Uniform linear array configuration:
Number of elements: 24
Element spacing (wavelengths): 0.5
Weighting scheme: cosine
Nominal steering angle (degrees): -60
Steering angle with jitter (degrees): -60.734
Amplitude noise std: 0.05
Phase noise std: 0.05

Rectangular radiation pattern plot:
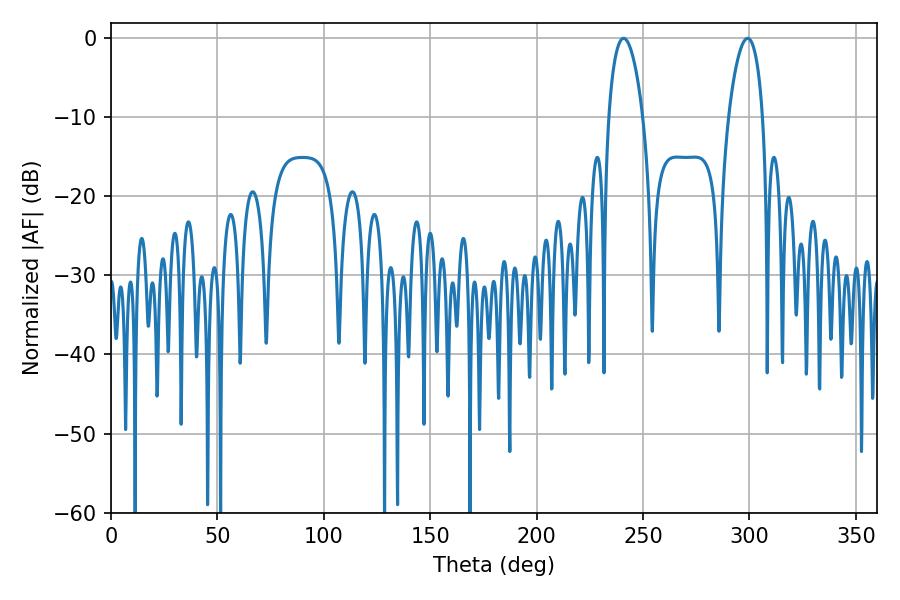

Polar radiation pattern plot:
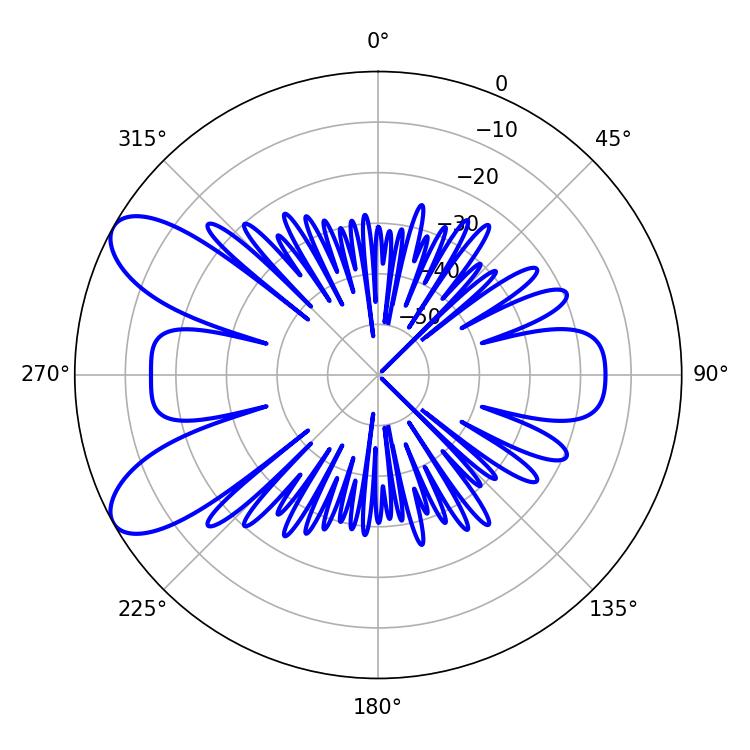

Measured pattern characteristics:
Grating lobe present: FALSE
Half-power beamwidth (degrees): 9
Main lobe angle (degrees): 299.16